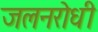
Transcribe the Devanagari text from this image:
जलनरोधी